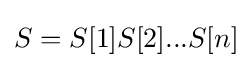
S=S[1]S[2]...S[n]